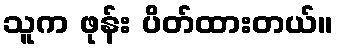
သူက ဖုန်း ပိတ်ထားတယ်။